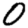
Digit: 0